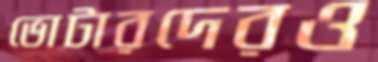
ভোটারদেরও